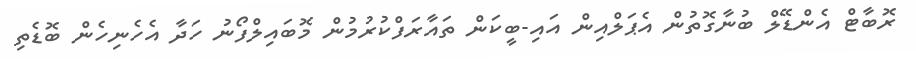
ރޮބާޓް އެންޑޭލް ބުނާގޮތުން އެޕަލްއިން އައި-ބީކަން ތައާރަފްކުރުމުން މޮބައިލްފޯނު ހަދާ އެހެނިހެން ބޮޑެތި